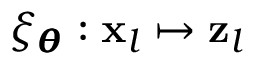
\xi _ { \pmb { \theta } } : \mathbf { x } _ { l } \mapsto \mathbf { z } _ { l }